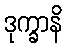
ဒုက္ခာနိ